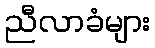
ညီလာခံများ